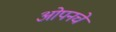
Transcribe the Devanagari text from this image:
ओपनचे